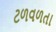
ટળવળતા